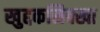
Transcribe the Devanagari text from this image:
खुद्दकसिक्खा